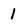
Character: 1